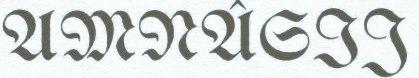
AMNÂSIJ